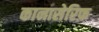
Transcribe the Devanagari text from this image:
कानासेरिफ़